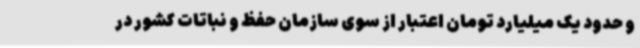
و حدود یک میلیارد تومان اعتبار از سوی سازمان حفظ و نباتات کشور در